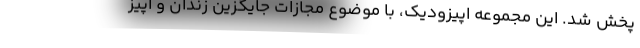
پخش شد. این مجموعه اپیزودیک، با موضوع مجازات جایگزین زندان و اپیز